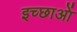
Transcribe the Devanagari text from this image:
इच्छाआें